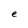
Character: e